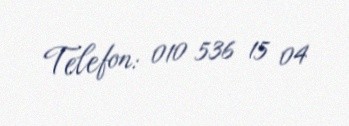
Telefon: 010 536 15 04